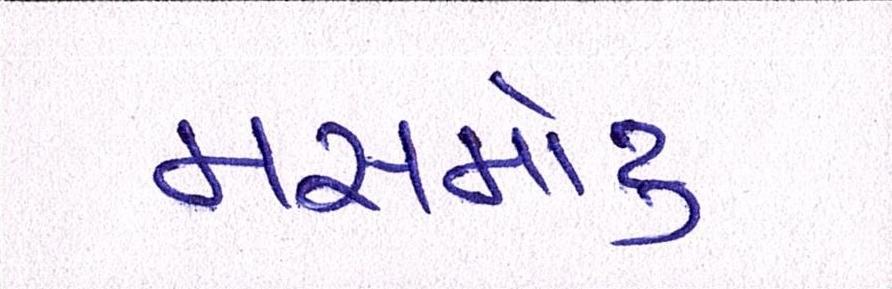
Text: મસમોટુ